65_HS1-834228961_62-HQ-83894_Section_7
Agency: FBI
Page 57
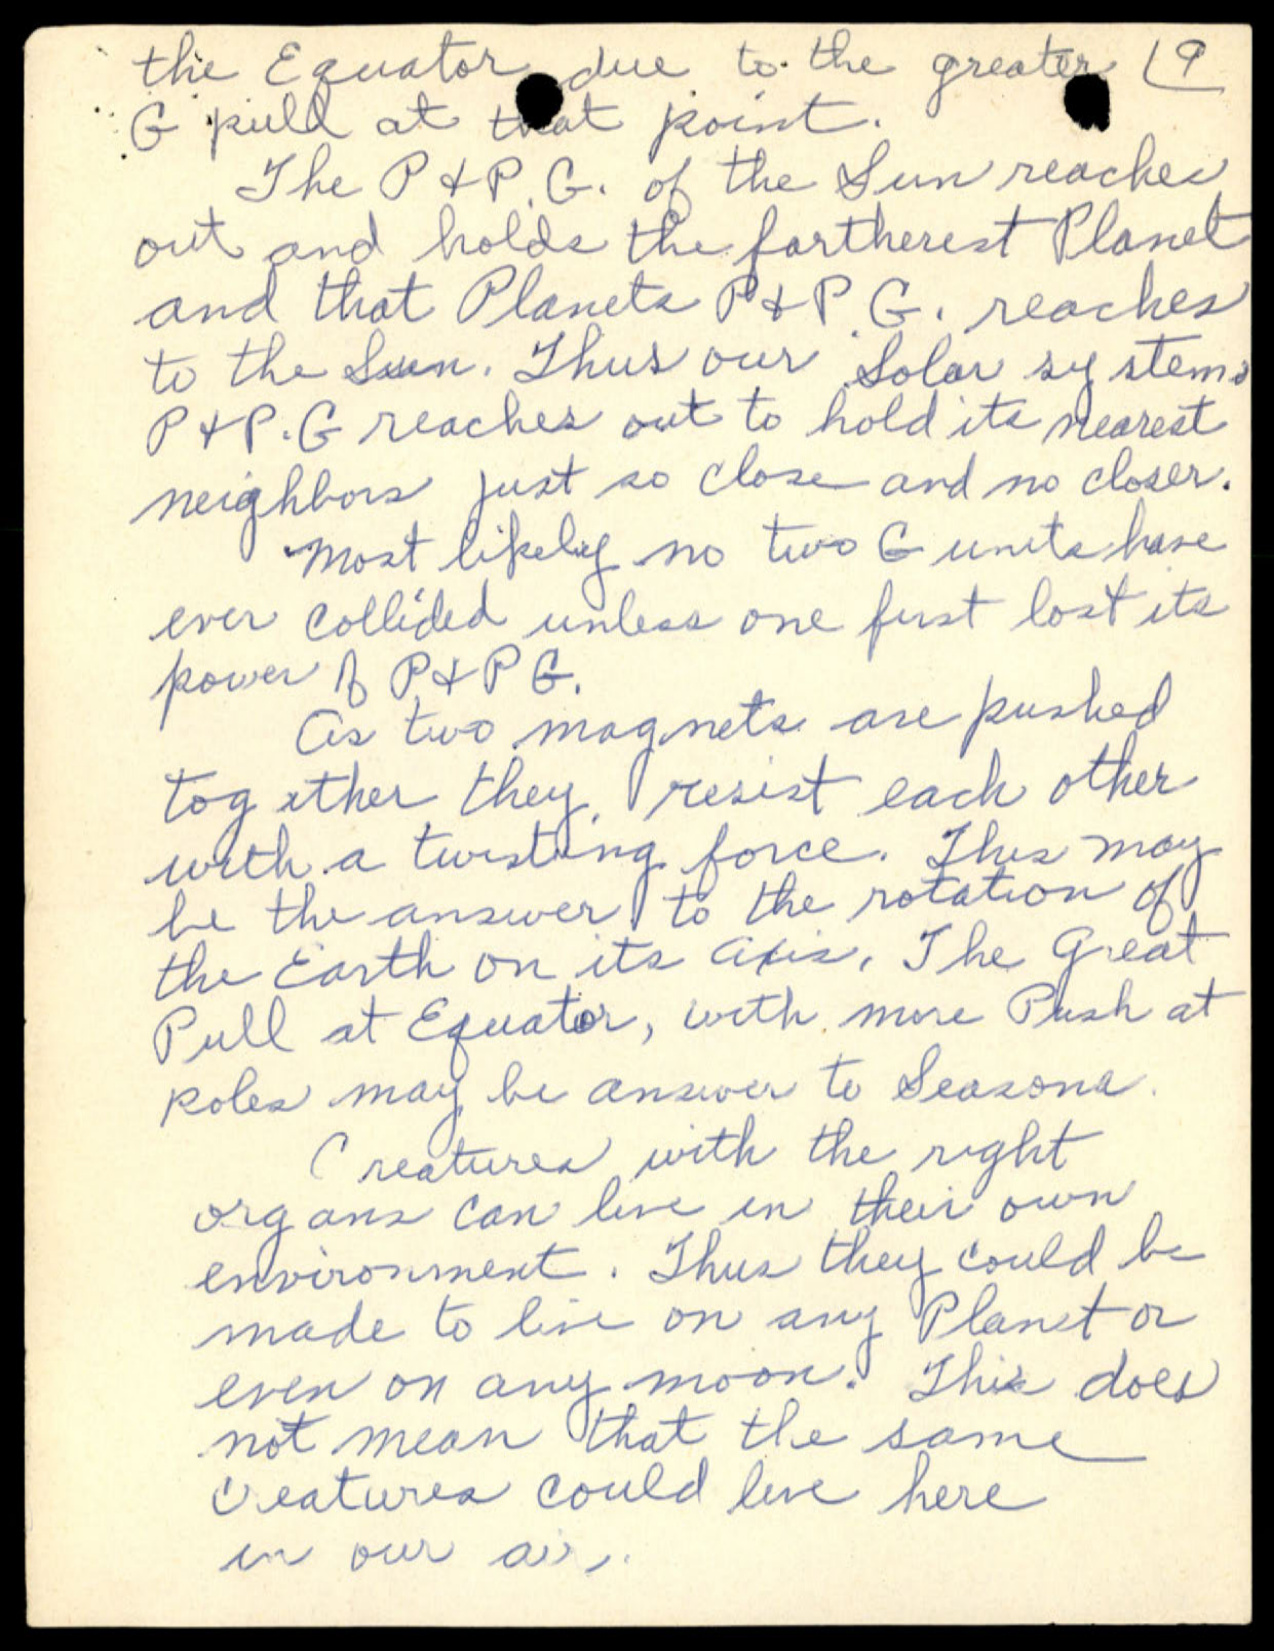